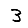
Digit: 3